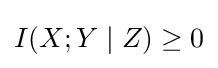
I(X;Y\mid Z)\geq 0